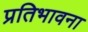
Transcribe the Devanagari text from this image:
प्रतिभावना